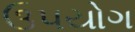
ઉ૫યોગ